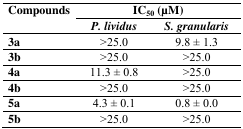
| <ROWSPAN=2> Compounds | <COLSPAN=2> IC50 (μM) |
 | P. lividus | S. granularis |
 | --- | --- | --- |
 | 3a | >25.0 | 9.8 ± 1.3 |
 | 3b | >25.0 | >25.0 |
 | 4a | 11.3 ± 0.8 | >25.0 |
 | 4b | >25.0 | >25.0 |
 | 5a | 4.3 ± 0.1 | 0.8 ± 0.0 |
 | 5b | >25.0 | >25.0 |